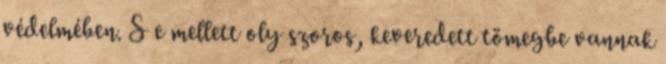
védelmében. S e mellett oly szoros, keveredett tömegbe vannak